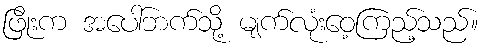
ဖြိုးက အပေါ်ဘက်သို့ မျက်လုံးဝေ့ကြည့်သည်။